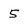
Character: 5